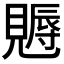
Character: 𧢁